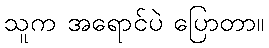
သူက အရောင်ပဲ ပြောတာ။